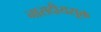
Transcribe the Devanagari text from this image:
नासदीयसूक्त